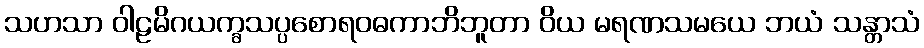
သဟသာ ဝါဠမိဂယက္ခသပ္ပစောရဝဓကာဘိဘူတာ ဝိယ မရဏသမယေ ဘယံ သန္တာသံ